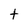
Character: t